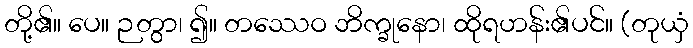
တို့၏။ ပေ။ ဉတွာ၊ ၍။ တဿေဝ ဘိက္ခုနော၊ ထိုရဟန်း၏ပင်။ (တုယှံ